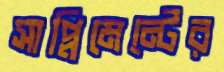
সাপ্লিমেন্টের